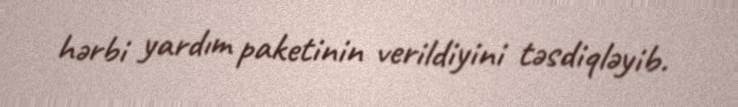
hərbi yardım paketinin verildiyini təsdiqləyib.